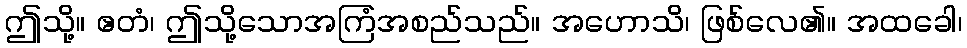
ဤသို့။ ဧတံ၊ ဤသို့သောအကြံအစည်သည်။ အဟောသိ၊ ဖြစ်လေ၏။ အထခေါ၊